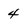
Character: 4